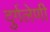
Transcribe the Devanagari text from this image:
दुर्गलेणी